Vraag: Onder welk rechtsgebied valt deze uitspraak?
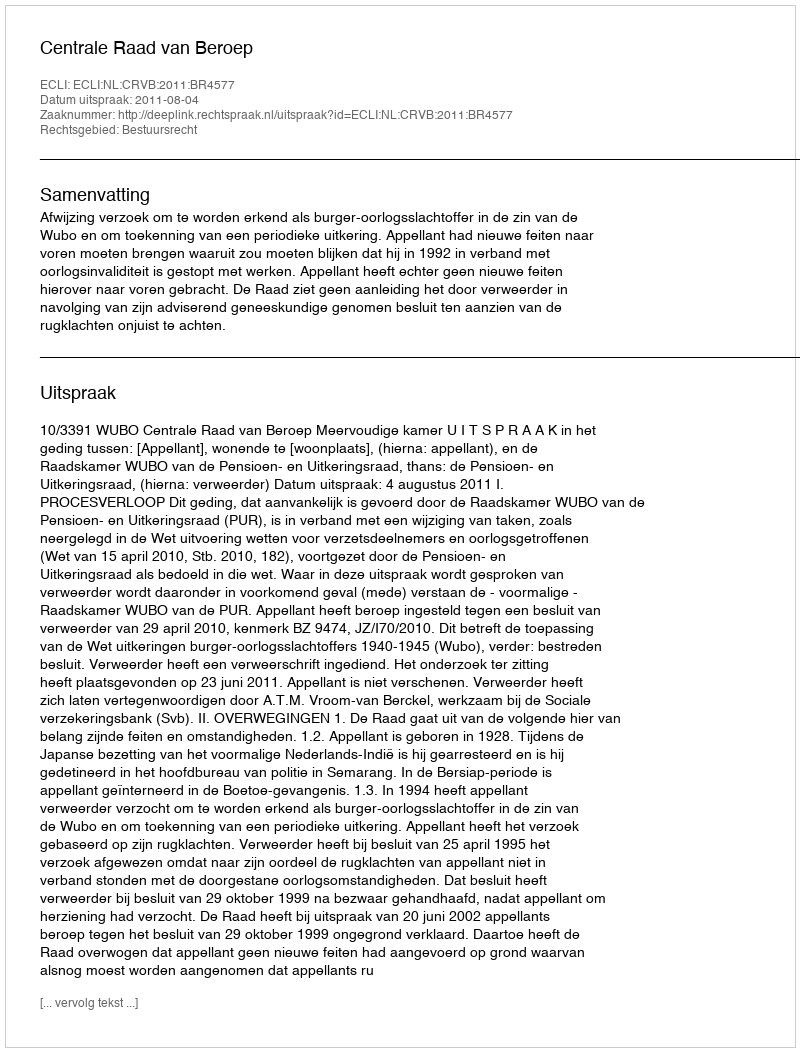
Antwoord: Bestuursrecht